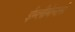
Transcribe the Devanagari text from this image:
ईम्लीमेन्टर्स